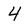
Character: 4